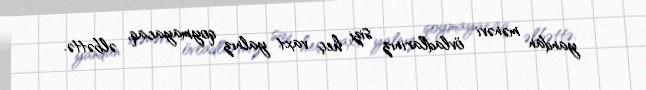
yandan mənəvi övladlarınız sizi heç vaxt yalnız qoymayacaq, əlbəttə.